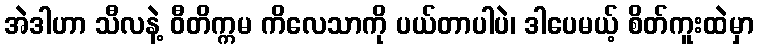
အဲဒါဟာ သီလနဲ့ ဝီတိက္ကမ ကိလေသာကို ပယ်တာပါပဲ၊ ဒါပေမယ့် စိတ်ကူးထဲမှာ